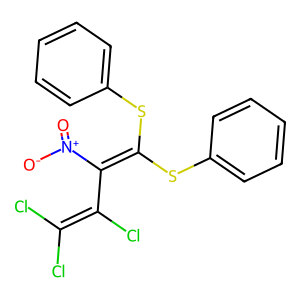
SMILES: O=[N+]([O-])C(=C(Sc1ccccc1)Sc1ccccc1)C(Cl)=C(Cl)Cl
Inhibits HIV replication: No